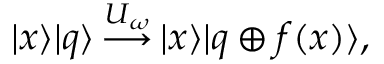
| x \rangle | q \rangle \, { \overset { U _ { \omega } } { \longrightarrow } } \, | x \rangle | q \oplus f ( x ) \rangle ,